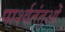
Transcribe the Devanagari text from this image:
पार्श्वतंतुओं